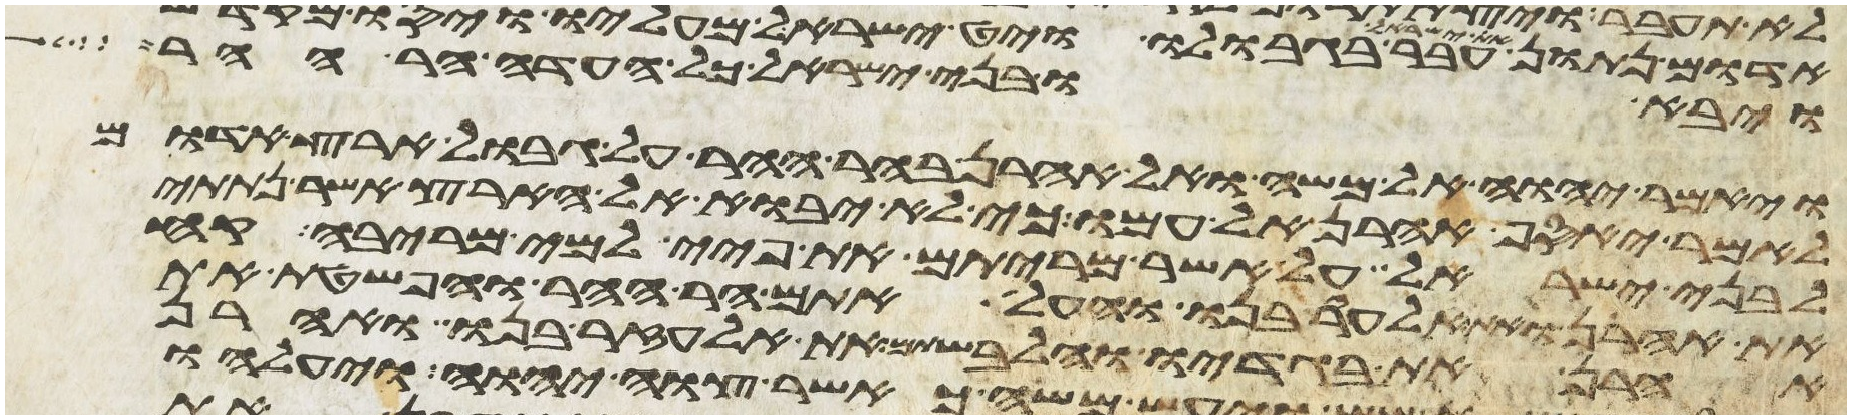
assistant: ויבאו בני ישראל כל העדה הר ההר
ויאמר יהוה אל משה ואל אהרן בהר ההר על גבול ארץ אדום
לאמר יאסף אהרן אל עמו כי לא יבוא אל הארץ אשר נתתי
לבני ישראל על אשר מריתם את פיי למי מריבה קח
את אהרן ואת אלעזר בנו והעל אתם הר ההר והפשטת את
אהרן את בגדיו והלבשתם את אלעזר בנו ואהרן